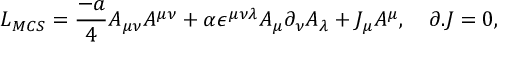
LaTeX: L _ { M C S } = { \frac { - a } { 4 } } A _ { \mu \nu } A ^ { \mu \nu } + \alpha \epsilon ^ { \mu \nu \lambda } A _ { \mu } \partial _ { \nu } A _ { \lambda } + J _ { \mu } A ^ { \mu } , ~ ~ ~ \partial . J = 0 ,